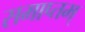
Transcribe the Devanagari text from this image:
समाप्तम्‌